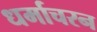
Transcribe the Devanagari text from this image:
धर्माचरन